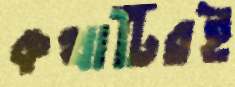
কথাটিরই